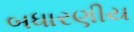
બધારણીય